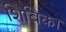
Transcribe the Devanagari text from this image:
शिबिका